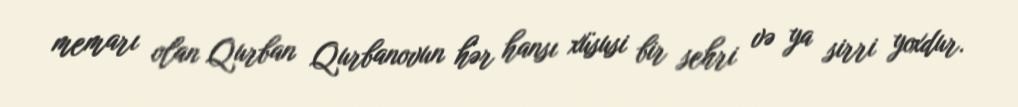
memarı olan Qurban Qurbanovun hər hansı xüsusi bir sehri və ya sirri yoxdur.